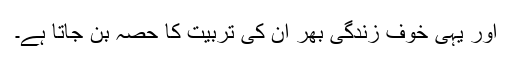
اور یہی خوف زندگی بھر ان کی تربیت کا حصہ بن جاتا ہے۔